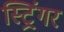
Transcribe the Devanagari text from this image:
स्ट्रिंगर